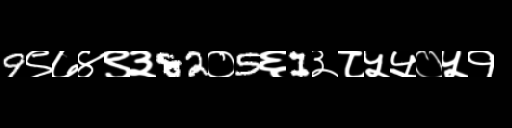
Text: 9९७४९३82०5६1३८५५०५१